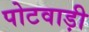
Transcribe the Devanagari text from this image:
पोटवाड़ी